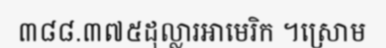
៣៨៨.៣៧៥ដុល្លារអាមេរិក ។ស្រោម